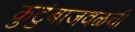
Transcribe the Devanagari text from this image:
कुटुंबाजवळची